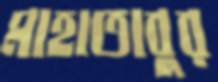
মাহাতাবুর